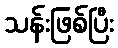
သန်းဖြစ်ပြီး